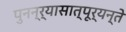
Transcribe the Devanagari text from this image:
पुनन्र्यासात्पूर्यन्ते